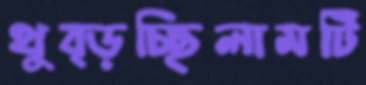
থুব্‌ড়চ্ছিলামটি